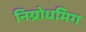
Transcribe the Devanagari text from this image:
निग्रोधमिग